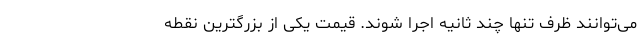
می‌توانند ظرف تنها چند ثانیه اجرا شوند. قیمت یکی از بزرگترین نقطه